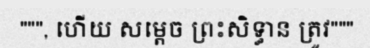
""", ហើយ សម្តេច ព្រះសិទ្ធាន ត្រូវ"""